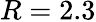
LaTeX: R=2.3